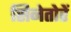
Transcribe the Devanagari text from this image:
सिनेतोरें